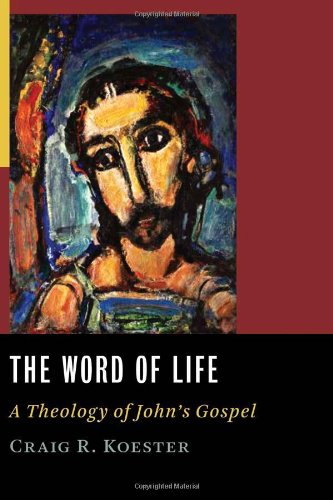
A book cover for The Word of Life: A Theology of John's Gospel; Craig R. Koester; Christian Books & Bibles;